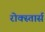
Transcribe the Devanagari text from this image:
रोक्स्तार्स